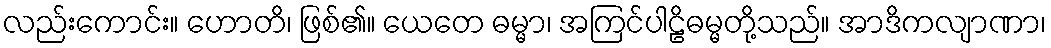
လည်းကောင်း။ ဟောတိ၊ ဖြစ်၏။ ယေတေ ဓမ္မာ၊ အကြင်ပါဠိဓမ္မတို့သည်။ အာဒိကလျာဏာ၊